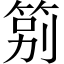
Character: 䇷